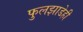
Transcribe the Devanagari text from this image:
फुलझाडेही